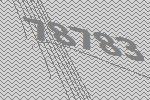
78783